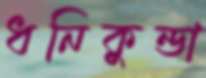
ধনিকুন্ডা